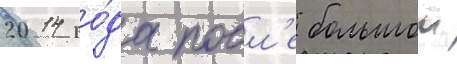
2014 го́да посл'е большои